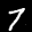
Label: 7